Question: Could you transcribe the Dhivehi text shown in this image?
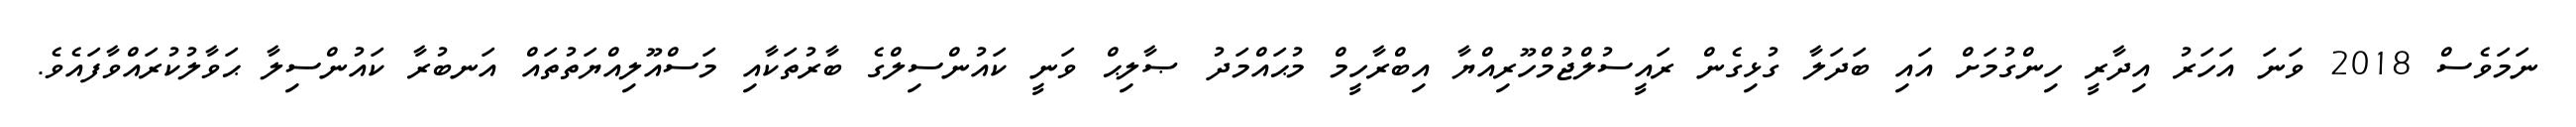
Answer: ނަމަވެސް 2018 ވަނަ އަހަރު އިދާރީ ހިންގުމަށް އައި ބަދަލާ ގުޅިގެން ރައީސުލްޖުމްހޫރިއްޔާ އިބްރާހީމް މުޙައްމަދު ޞާލިޙް ވަނީ ކައުންސިލްގެ ބާރުތަކާއި މަސްއޫލިއްޔަތުތައް އަނބުރާ ކައުންސިލާ ޙަވާލުކުރައްވާފައެވެ.